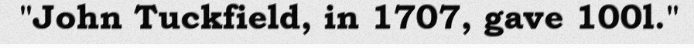
"John Tuckfield, in 1707, gave 100l."